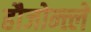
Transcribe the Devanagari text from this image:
हौजोन्त्ले